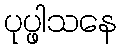
ပုပ္ဖါသနေ